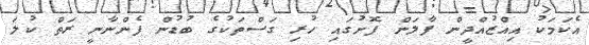
އެކަމަކު އިއްޒުއްދީން ފާލަން ފޮށުގައި ހުރި ގަސްތަކުގެ ބުޑުން ފެންނާނީ ރަތް ކުލަ